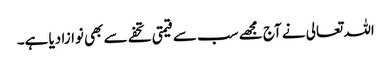
اللہ تعالی نے آج مجھے سب سے قیمتی تحفے سے بھی نوازا دیا ہے۔